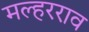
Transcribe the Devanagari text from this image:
मल्हरराव